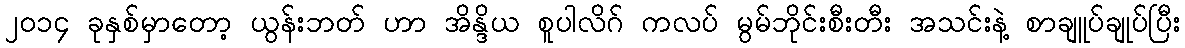
၂၀၁၄ ခုနှစ်မှာတော့ ယွန်းဘတ် ဟာ အိန္ဒိယ စူပါလိဂ် ကလပ် မွမ်ဘိုင်းစီးတီး အသင်းနဲ့ စာချူပ်ချုပ်ပြီး